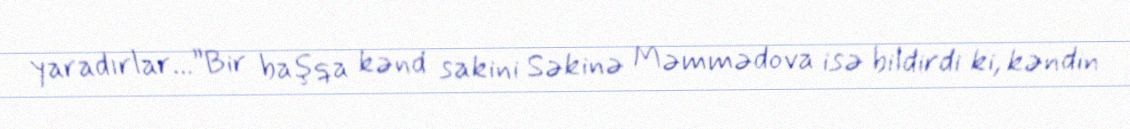
yaradırlar...”Bir başqa kənd sakini Səkinə Məmmədova isə bildirdi ki, kəndin